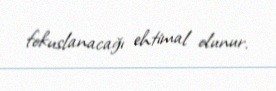
fokuslanacağı ehtimal olunur.